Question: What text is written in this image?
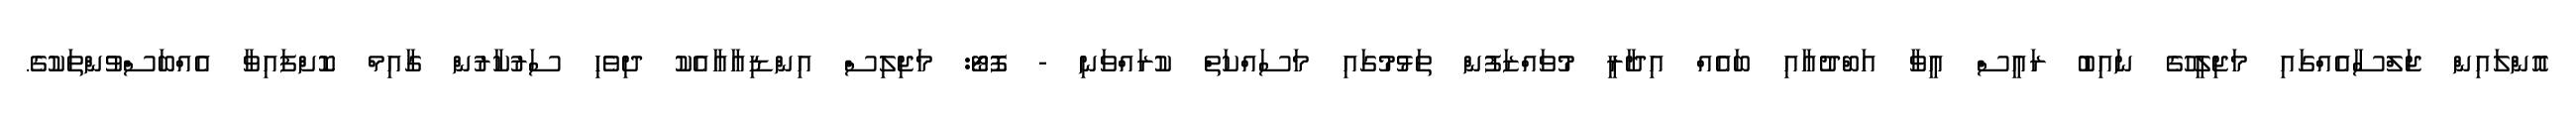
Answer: އޮންލައިން ޖަލްސާއެއްގައި މަޖިލީހުގެ ނައިބު ރައީސް އީވާ އަބްދުއާއި ބައެއް އިދާރީ މުވައްޒަފުން ތަޅުމުގައި މަސައްކަތް ކުރައްވަނި - ފޮޓޯ: މަޖިލިސް އިންޑިއާއާއެކު ދިވެހި ސަރުކާރުން ގާއިމް ކޮށްފައިވާ އެއްބަސްވުންތަކުގެ.